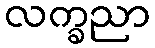
လက္ခညာ